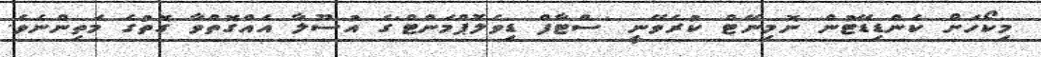
މިކޯހަށް ކެންޑިޑޭޓުން ނޮމިނޭޓް ކުރެވޭނީ 'ސްޓާފް ޑިވެލޮޕްމަންޓް'ގެ އުސޫލާ އެއްގޮތްވާ ގޮތުގެ މަތިންނެވެ.